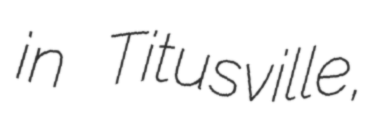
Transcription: in Titusville,